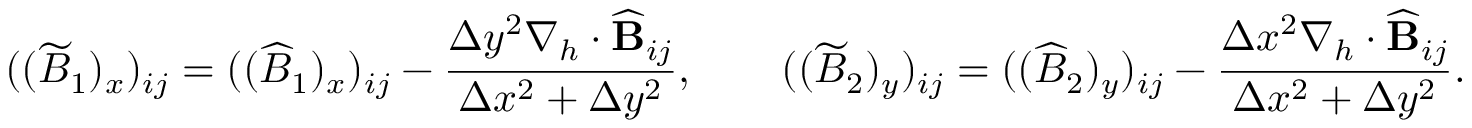
( ( \widetilde { B } _ { 1 } ) _ { x } ) _ { i j } = ( ( \widehat { B } _ { 1 } ) _ { x } ) _ { i j } - \frac { \Delta y ^ { 2 } \nabla _ { h } \cdot \widehat { \mathbf { B } } _ { i j } } { \Delta x ^ { 2 } + \Delta y ^ { 2 } } , \qquad ( ( \widetilde { B } _ { 2 } ) _ { y } ) _ { i j } = ( ( \widehat { B } _ { 2 } ) _ { y } ) _ { i j } - \frac { \Delta x ^ { 2 } \nabla _ { h } \cdot \widehat { \mathbf { B } } _ { i j } } { \Delta x ^ { 2 } + \Delta y ^ { 2 } } .